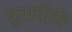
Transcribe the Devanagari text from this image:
युवाप़ीढी